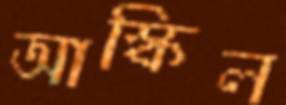
আস্কিল